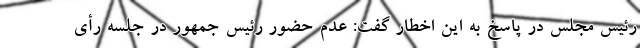
رئیس مجلس در پاسخ به این اخطار گفت: عدم حضور رئیس جمهور در جلسه رأی